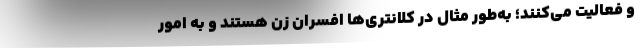
و فعالیت می‌کنند؛ به‌طور مثال در کلانتری‌ها افسران زن هستند و به امور